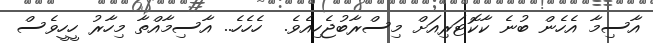
އާސިމާ އެހެން ބުނެ ކާކޮޓަރިއަށް މިސްރާބުޖެހިއެވެ.  ހެހެހެ.. އާސިމާއްތާ މިހާރު ހީހީވެސް